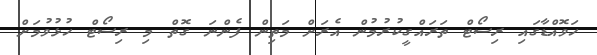
ހަވޮއްޑާގައި ރިސޯޓް ތަރައްގީކުރުމުން އެރަށް މަތިން ފެންނަ ގޮތް މި ރިސޯޓް ހުޅުވުމަށް